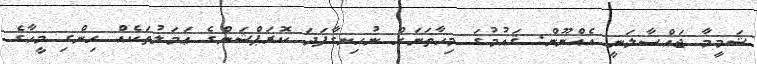
ޝަމީމާ ޖައްސާލަނީ އެއްނޫން. ޤައުމުގަ މިހާތަނަށް ނުހިނގާފަދަ ކޮރަޕްޝަންގެ ޢަމަލުތަކެއް ހިންގި މީހާގެ